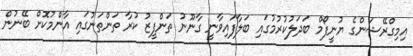
އިމިގްރޭޝަންގެ ޔުނީފޯމް ބަދަލުކުރުމުގައި ބަލާފައިވާނީ ގާނޫނު ތަންފީޒު ކުރާ ތަންތަނުގައި އާންމުކޮށް ބޭނުން